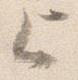
上